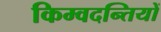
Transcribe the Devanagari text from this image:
किम्वदन्तियों